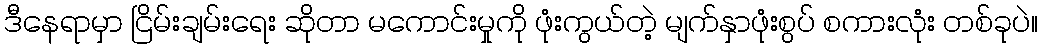
ဒီနေရာမှာ ငြိမ်းချမ်းရေး ဆိုတာ မကောင်းမှုကို ဖုံးကွယ်တဲ့ မျက်နှာဖုံးစွပ် စကားလုံး တစ်ခုပဲ။